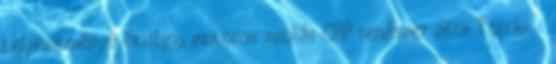
teljesítményű Stirling motoros szolár CHP rendszer ábra. Forrás: